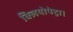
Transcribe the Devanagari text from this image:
क्लियोपेट्रा।